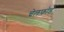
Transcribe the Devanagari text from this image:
चेलफोर्ड